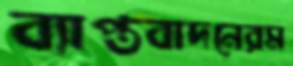
ব্যাপ্তবাদনেরম